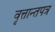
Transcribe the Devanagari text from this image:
वृत्तान्तपत्र